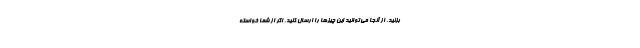
بزنید، از آنجا می‌توانید این چیزها را ارسال کنید. اگر از شما خواسته